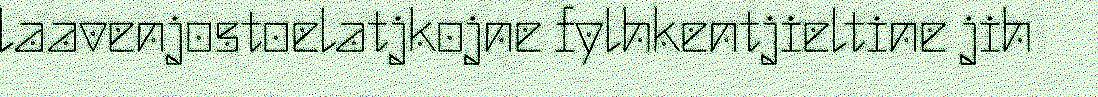
laavenjostoelatjkojne fylhkentjieltine jih